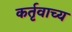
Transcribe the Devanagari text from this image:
कर्तृवाच्य